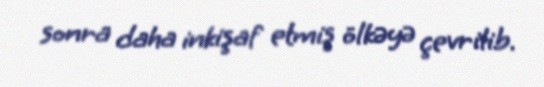
sonra daha inkişaf etmiş ölkəyə çevrilib.